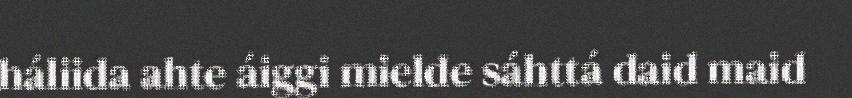
háliida ahte áiggi mielde sáhttá daid maid